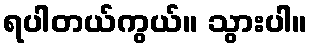
ရပါတယ်ကွယ်။ သွားပါ။